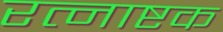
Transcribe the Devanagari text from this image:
रत्नाष्टक